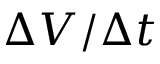
\Delta V / \Delta t